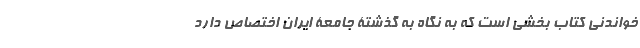
خواندنی کتاب بخشی است که به نگاه به گذشتۀ جامعۀ ایران اختصاص دارد